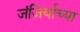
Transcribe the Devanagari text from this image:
जंजिर्याच्या